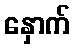
နှောက်